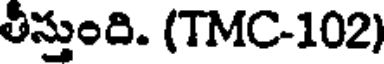
తీస్తుంది. (TMC-102)